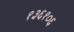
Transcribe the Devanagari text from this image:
१३६१०६